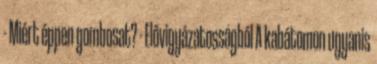
- Miért éppen gombosat? - Elővigyázatosságból A kabátomon ugyanis